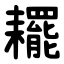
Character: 䎱